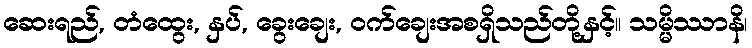
ဆေးရည်, တံထွေး, နှပ်, ခွေးချေး, ဝက်ချေးအစရှိသည်တို့နှင့်။ သမ္မိဿာနိ၊